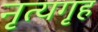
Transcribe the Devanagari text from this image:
नृत्यगृह